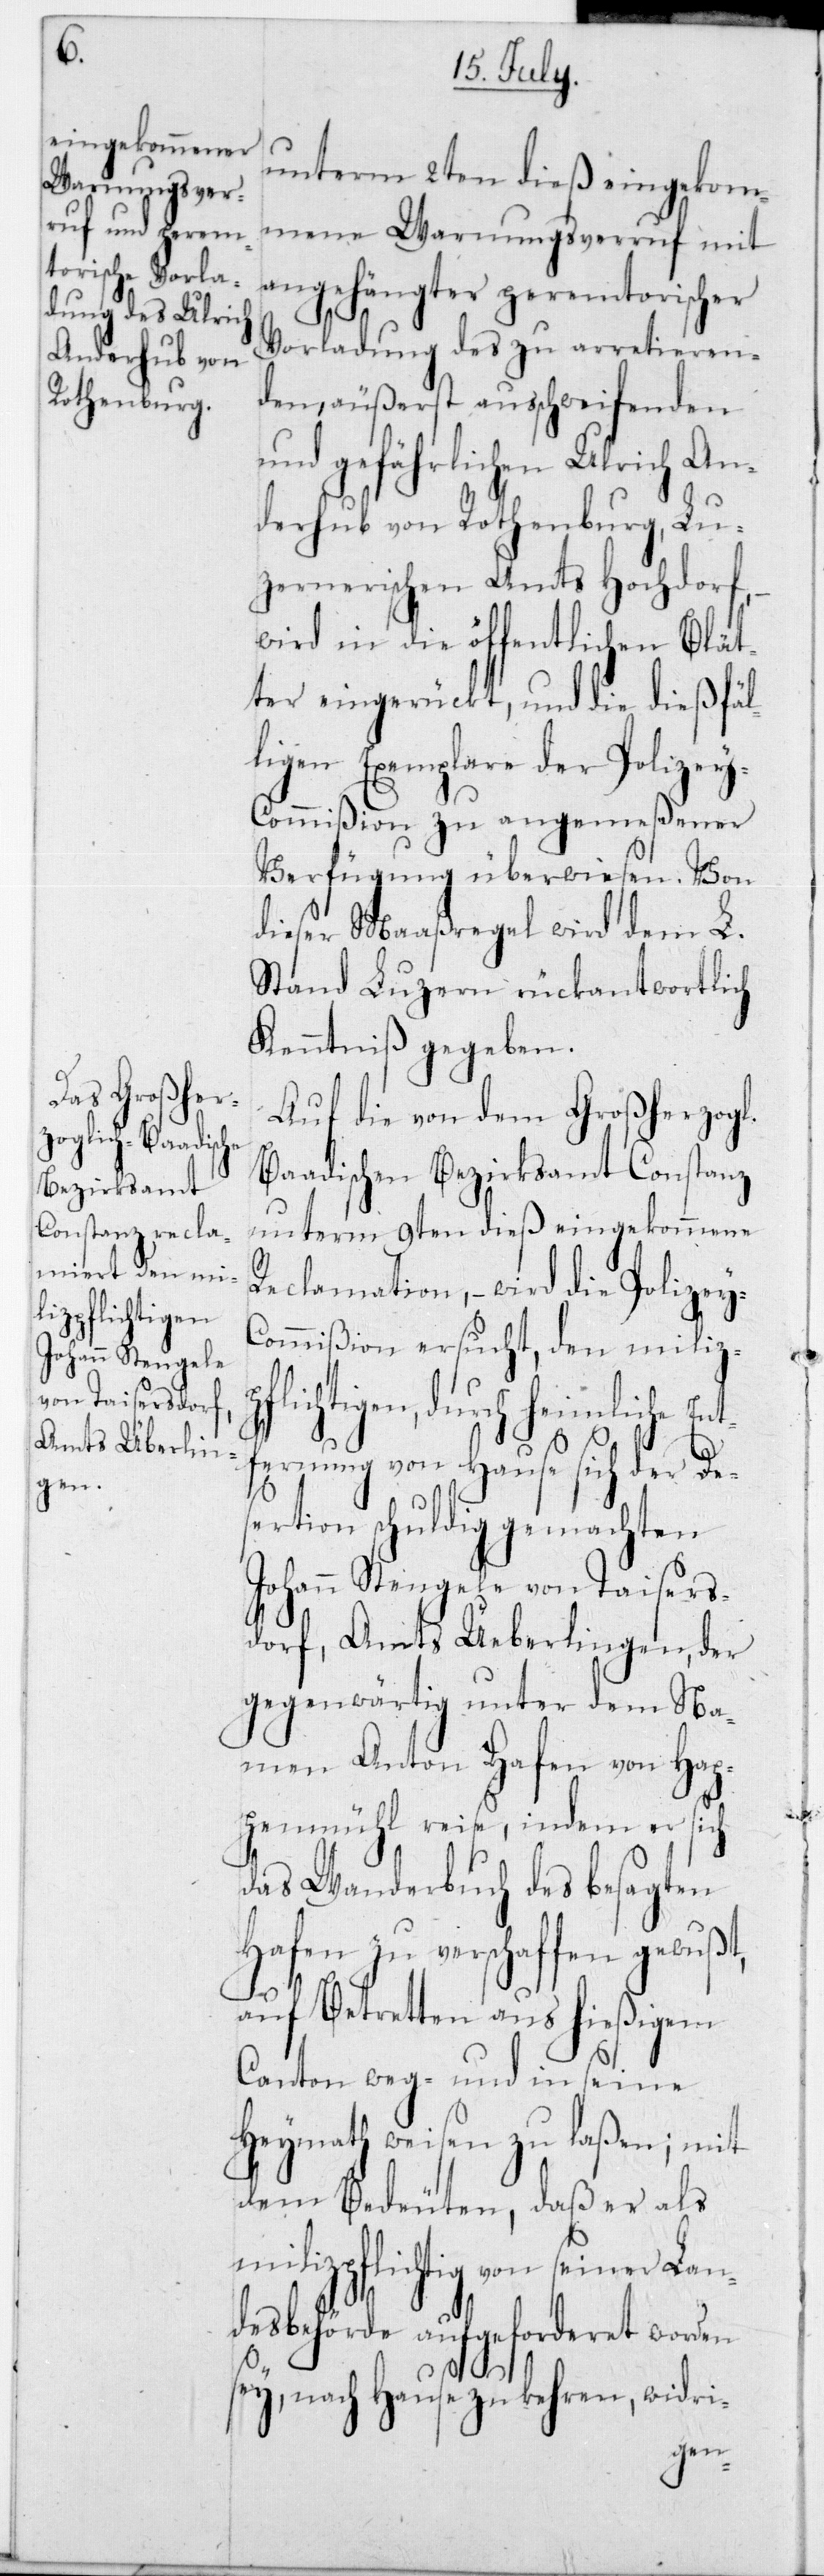
pflichtigen,

l.-B¬
unterm 2ten dieß eingekom¬
mene Warnungsverruf mit
angehängter peremtorischer
Vorladung des zu arretieren¬
den, äußerst ausschweifenden
und gefährlichen Ulrich An¬
derhub von Rothenburg, Lu¬
zernerischen Amts Hochdorf,
wird in die öffentlichen Blät¬
ter eingerückt, und die dießfäl¬
ligen Exemplare der Polize¬
y-Commißion zu angemeßener
Verfügung überwiesen. Von
dieser Maaßregel wird dem L.
Stand Luzern rückantwortlich
Kenntniß gegeben.
Auf die von dem Großherzog¬
aadischen Bezirksamt Constanz
unterm 9ten dieß eingekommene
Reclamation, – wird die Polizey-C¬
ommißion ersucht, den miliz¬
durch heimliche En¬
tfernung von Hause sich der De¬
sertion schuldig gemachten
Johann Stengele von Taisers¬
dorf, Amts Überlingen, der
gegenwärtig unter dem Na¬
men Anton Hafen von Hap¬
penmühl reise, indem er sich
das Wanderbuch des besagten
Hafen zu verschaffen gewußt,
auf Betretten aus hießigem
Canton weg- und in seine
Heymath weisen zu laßen; mit
dem Bedeuten, daß er als
milizpflichtig von seiner Lan¬
desbehörde aufgeforderet worden
sey, nach Hause zu kehren, widri-